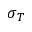
\sigma _ { T }